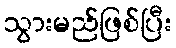
သွားမည်ဖြစ်ပြီး